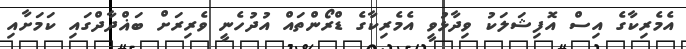
އެމެރިކާގެ އިސް އޮފިޝަލަކު ވިދާޅުވީ އެމެރިކާގެ ޑްރޯންތައް އުދުހެނީ ވެރިރަށް ބަޣްދާދްގައި ކަމަށާއި